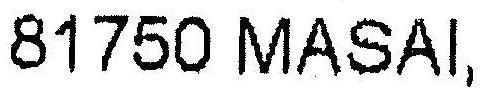
81750 MASAI,